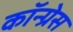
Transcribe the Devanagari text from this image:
कॉन्‍ग्रेस